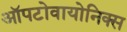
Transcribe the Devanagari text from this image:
ऑपटोवायोनिक्स